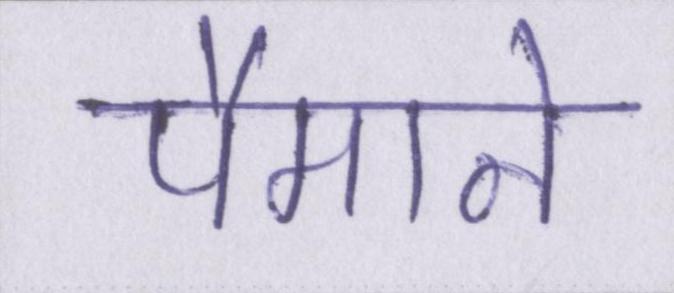
पैमाने